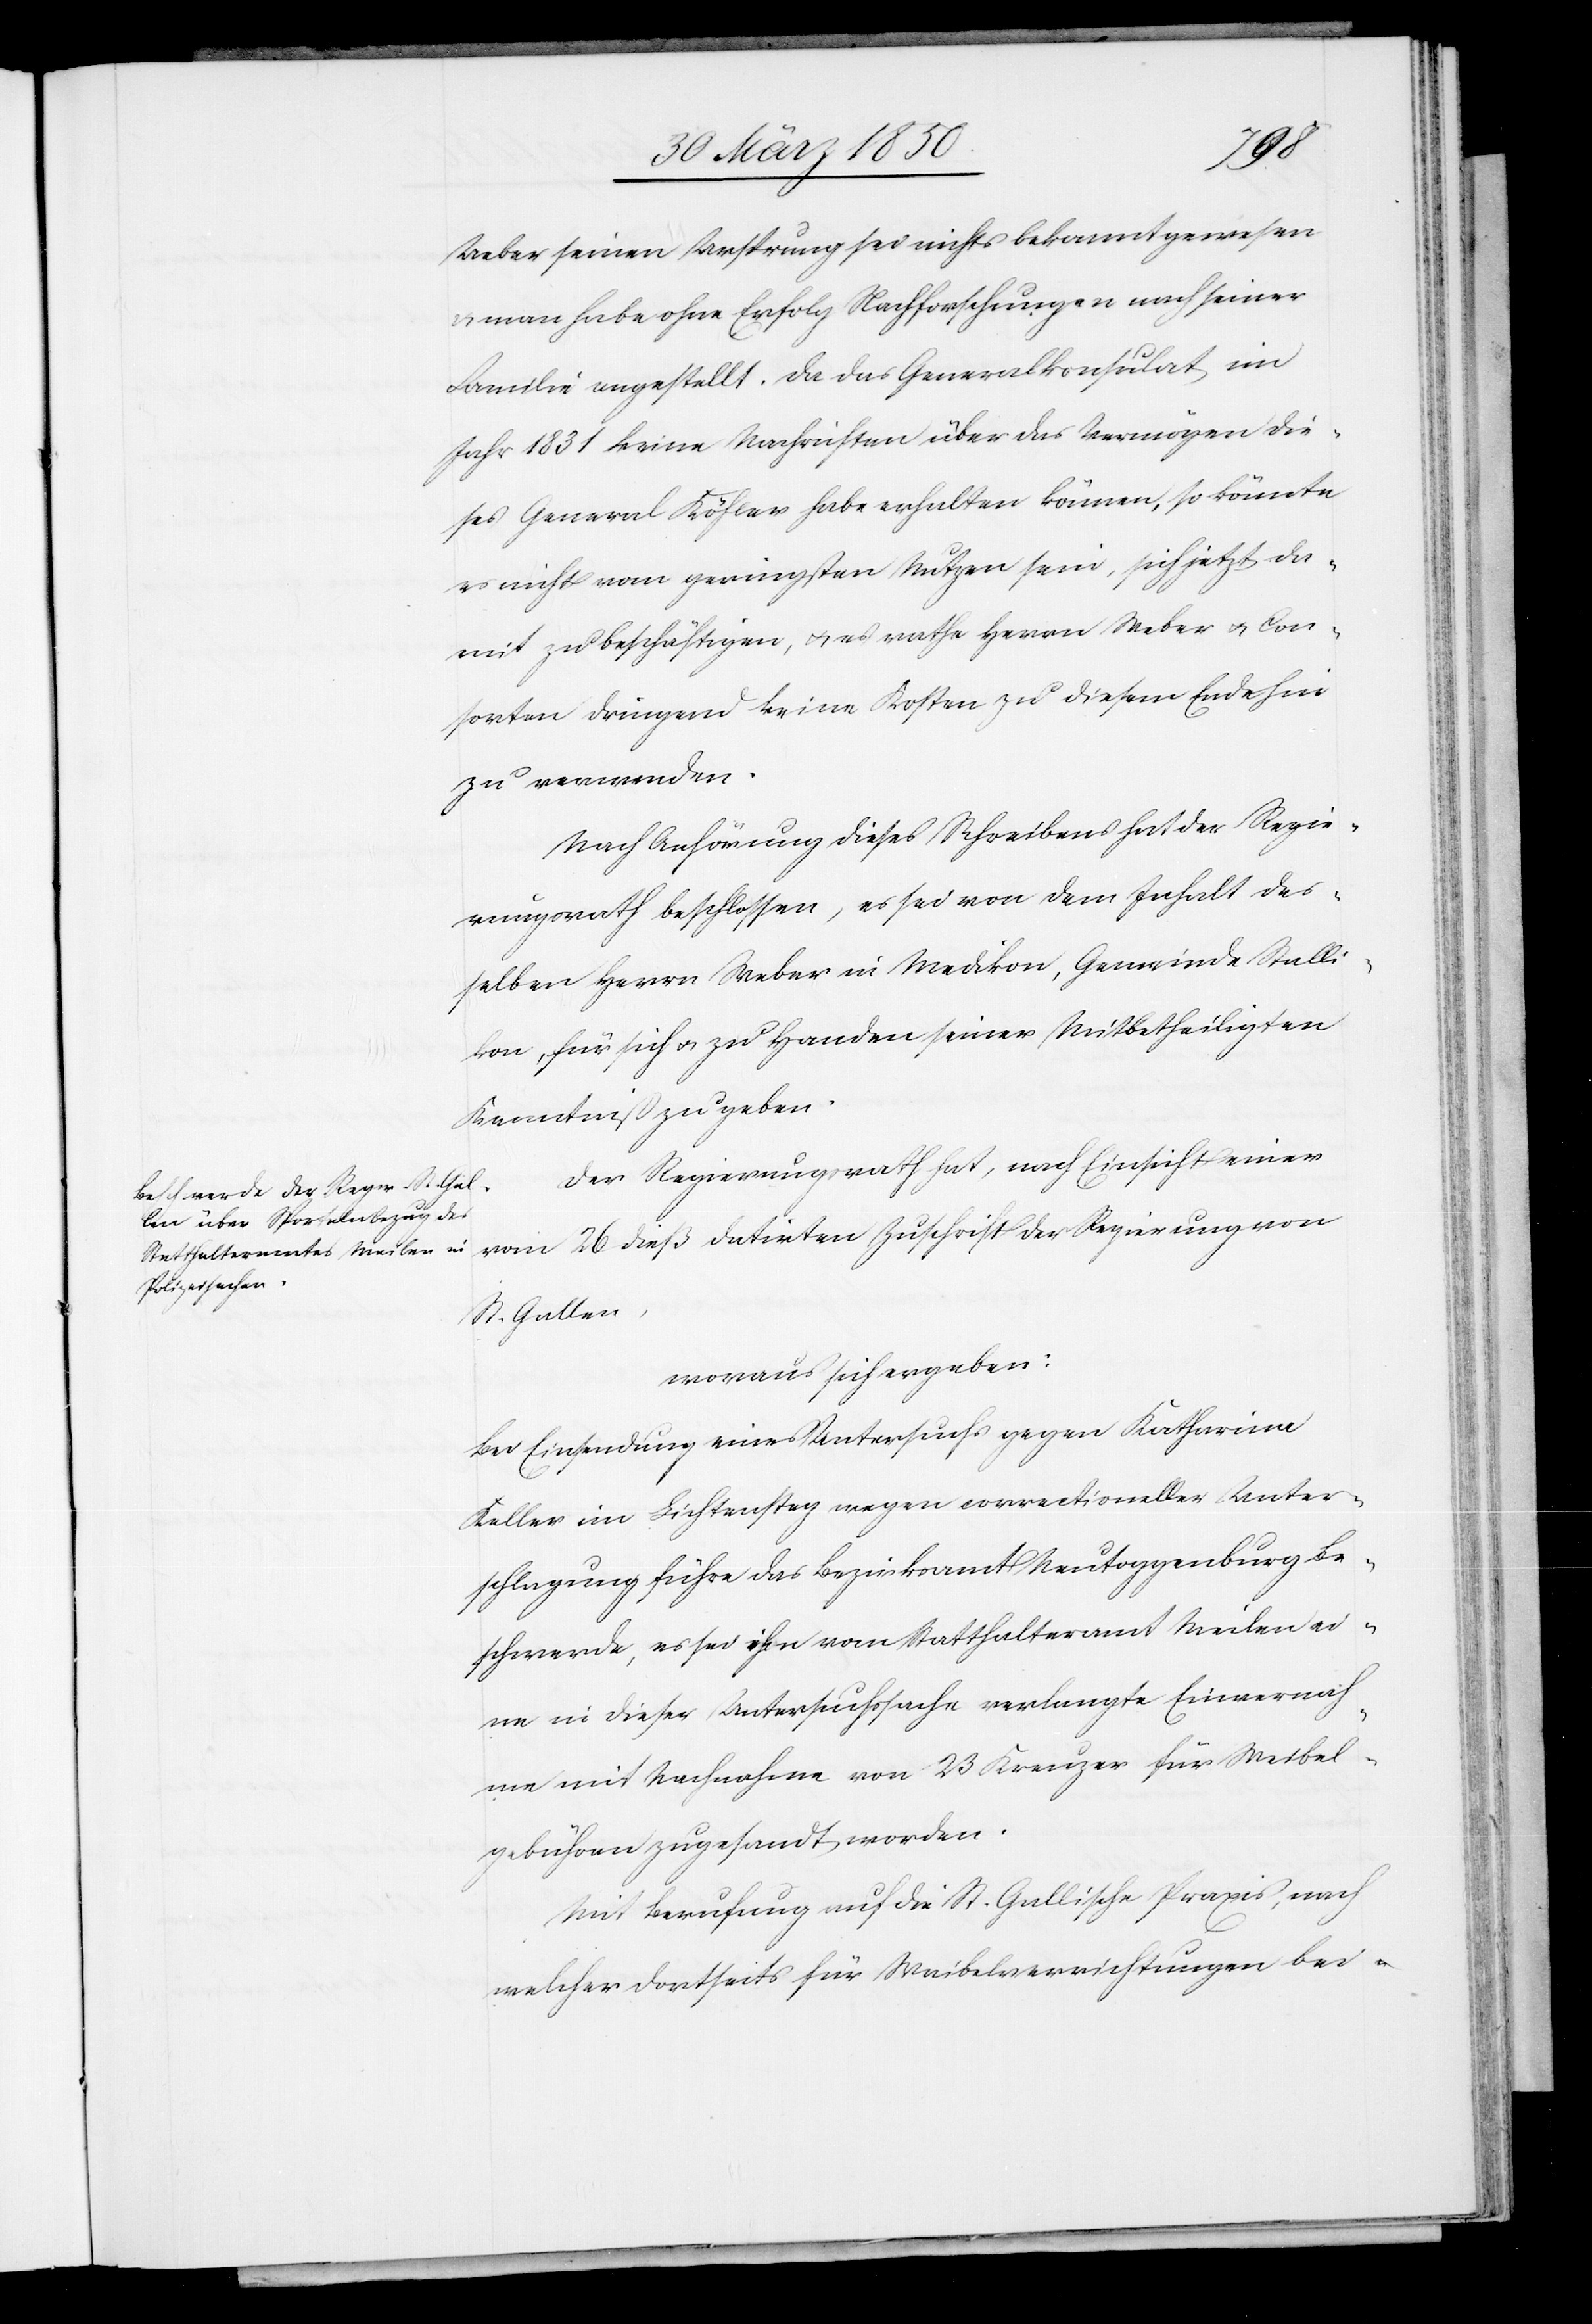
von
Ueber seinen Ursprung sei nichts bekannt gewesen
man habe ohne Erfolg Nachforschungen nach seiner
Familie angestellt. Da das Generalkonsulat im
Jahr 1831 keine Nachrichten über das Vermögen die¬
ses General Köhler habe erhalten können, so könnte
es nicht vom geringsten Nutzen sein, sich jetzt da¬
mit zu beschäftigen, u. es rathe Herrn Weber u. Con¬
sorten dringend keine Kosten zu diesem Ende hin
zu verwenden.
Nach Anhörung dieses Schreibens hat der Regie¬
rungsrath beschlossen, es sei von dem Inhalt des¬
selben Herrn Weber in Medikon, Gemeinde Stalli¬
kon, für sich u. zu Handen seiner Mitbetheiligten
Kenntniß zu geben.
Der Regierungsrath hat, nach Einsicht einer
St. Gallen,
woraus sich ergeben:
Bei Einsendung eines Untersuchs gegen Katharina
Keller im Lichtensteg wegen correctioneller Unter¬
schlagung führe das Bezirksamt Neutoggenburg Be¬
schwerde, es sei ihm vom Statthalteramt Meilen ei¬
ne in dieser Untersuchssache verlangte Einvernah¬
me mit Nachnahme von 23 Kreuzer für Weibel¬
gebühren zugesandt worden.
Mit Berufung auf die St. Gallische Praxis, nach
welcher dortseits für Waibelverrichtungen bei-